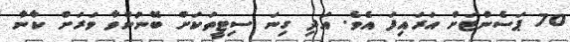
70 ޕަސެންޓަށް އަރައިފަ އެވެ. އަދި ގިނަ ސިޓީތަކަށް ބޭނުންވާ ވަރަށް ކާނާ